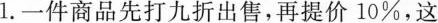
1.一件商品先打九折出售，再提价10%，这